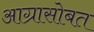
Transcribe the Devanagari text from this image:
आग्रासोबत